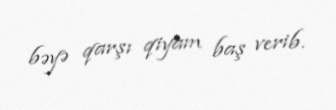
bəyə qarşı qiyam baş verib.